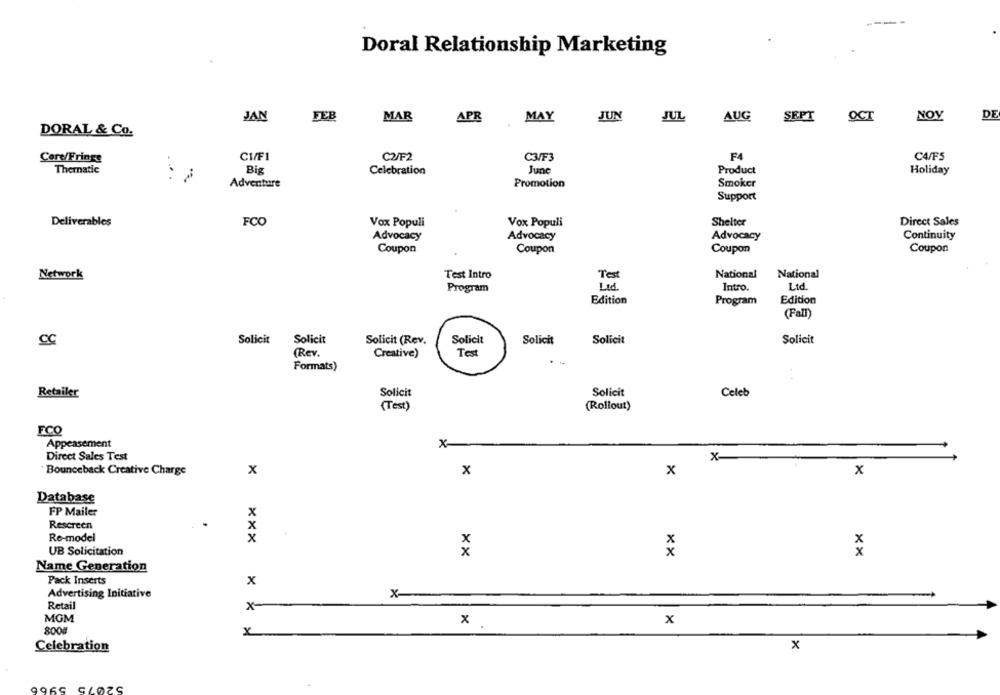
Doral Relationship Marketing
JAN
FEB
MAR
APR
MAY
JUN
JUL
AUG
SEPT
OCT
NOV
DE
DORAL & Co.
Core/Fringe
CVF1
C2/F2
C3/F3
F4
C4/FS
. .
Thematic
Big
Celebration
June
Product
Holiday
..
Adventure
Promotion
Smoker
Support
Deliverables
FCO
Vox Populi
Vox Populi
Shelter
Direct Sales
Advocacy
Advocacy
Advocacy
Continuity
Coupon
Coupon
Coupon
Coupon
Network
Test Intro
Test
National
National
Program
Ltd.
Intro.
Ltd.
Edition
Program
Edition
(Fall)
Solicit
Solicit
Solicit (Rev.
Solicit
Solicit
Solicit
Solicit
cc
(Rev.
Creative)
Test
Formats)
Retailer
Solicit
Solicit
Celeb
(Test)
(Rollout)
FCO
Appeasement
X
Direct Sales Test
x-
Bounceback Creative Charge
x
x
x
x
Database
FP Mailer
Rescreen
Re-model
xxx
x
x
UB Solicitation
x
xx
x
Name Generation
Pack Inserts
x
Advertising Initiative
x
Retail
x-
MGM
X
x
8000
x
x
Celebration
CLOZS